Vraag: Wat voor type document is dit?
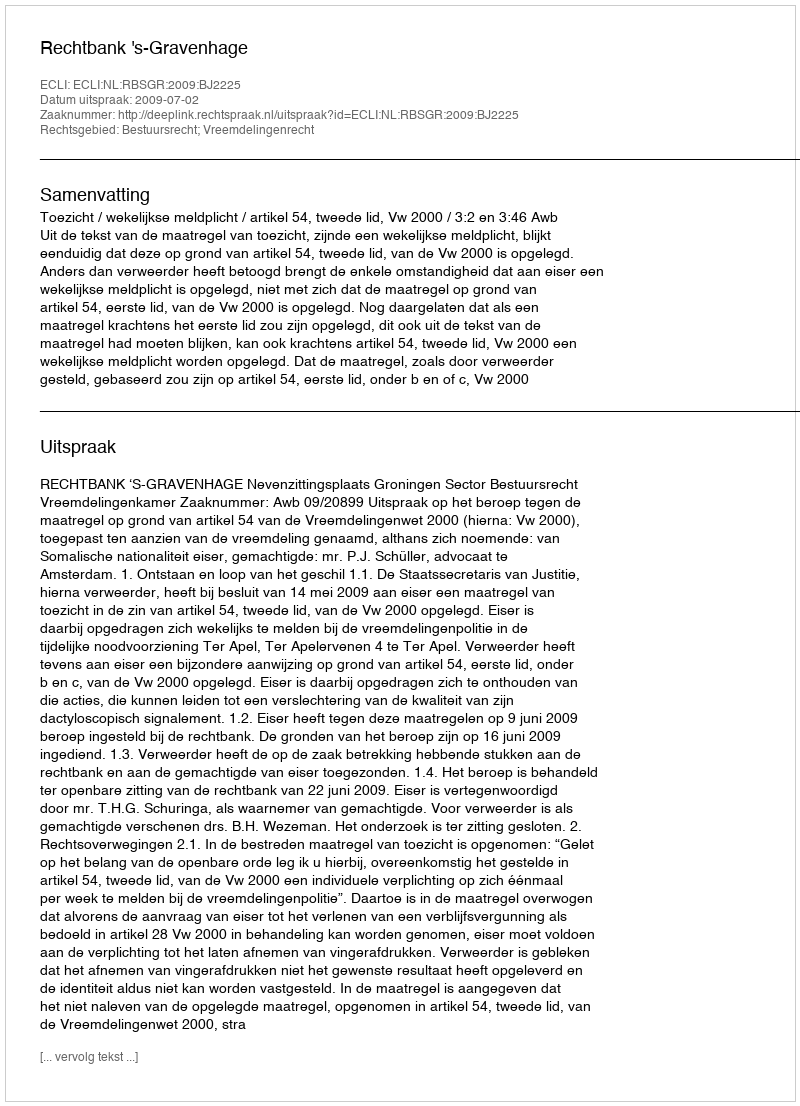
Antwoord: Uitspraak